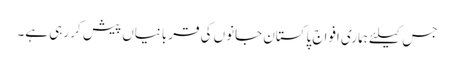
جس کیلئے ہماری افواج پاکستان جانوں کی قربانیاں پیش کر رہی ہے۔